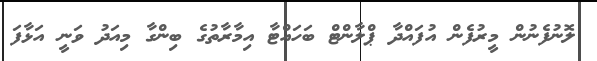
ލޮނުފެނުން މީރުފެން އުފައްދާ ޕްލާންޓް ބަހައްޓާ އިމާރާތުގެ ބިންގާ މިއަދު ވަނީ އަޅާފަ